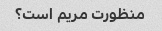
منظورت مریم است؟